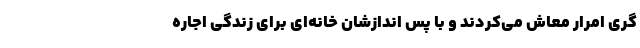
گری امرار معاش می‌کردند و با پس اندازشان خانه‌ای برای زندگی اجاره